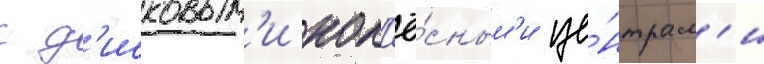
с д'исковым'и кол'ё́сным'и це́нтрам'и